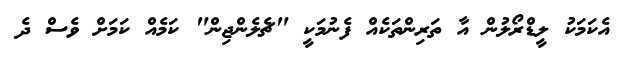
އެކަމަކު ލީޑްރޯލުން އާ ތަރިންތަކެއް ފެނުމަކީ "ޗެލެންޖިން" ކަމެއް ކަމަށް ވެސް ދެ